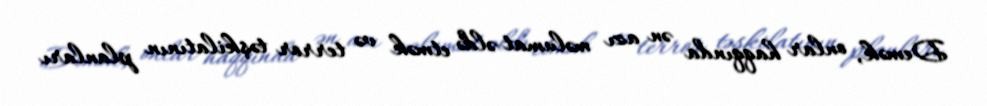
Demək, onlar haqqında ən azı məlumat əldə etmək və terror təşkilatının planları